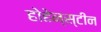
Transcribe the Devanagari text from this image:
होहेन्स्टीन